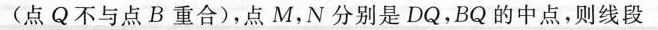
(点Q不与点B重合)，点M，N分别是DQ，BQ的中点，则线段